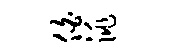
伯洮